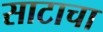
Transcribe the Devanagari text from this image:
साटाचा